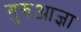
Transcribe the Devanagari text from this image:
गुरुआज्ञा